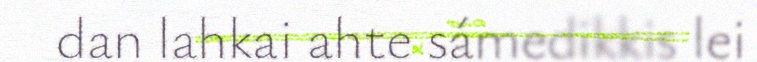
dan lahkai ahte sámedikkis lei